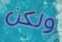
ولكن